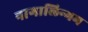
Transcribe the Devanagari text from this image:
नागालिन्गम